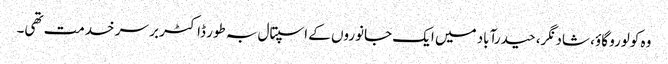
وہ کولورو گاؤ، شاد نگر، حیدرآباد میں ایک جانوروں کے اسپتال بہ طور ڈاکٹر بر سر خدمت تھی۔